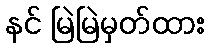
နင် မြဲမြဲမှတ်ထား